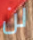
لن